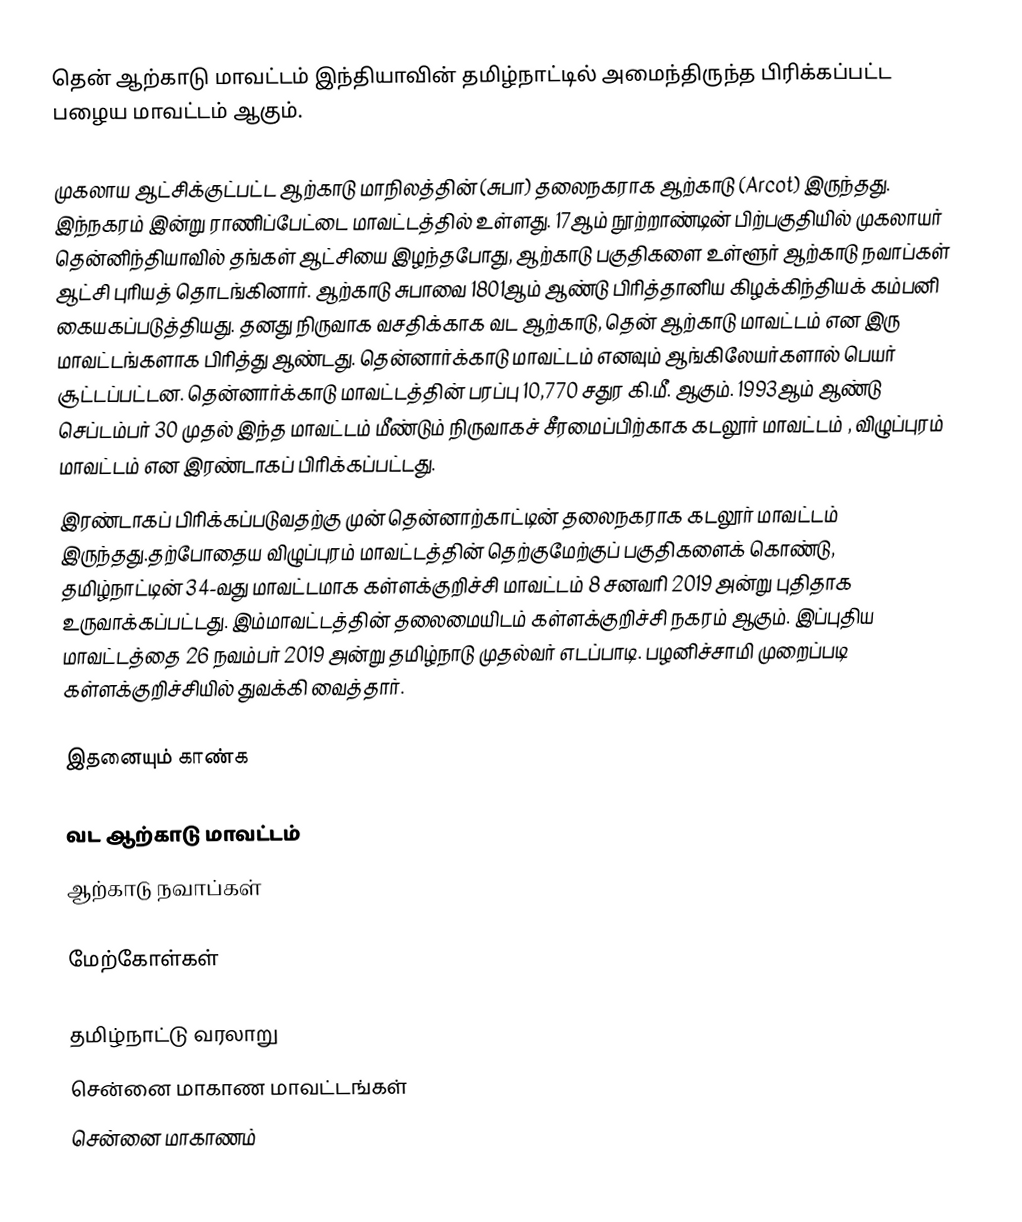
தென் ஆற்காடு மாவட்டம் இந்தியாவின் தமிழ்நாட்டில் அமைந்திருந்த பிரிக்கப்பட்ட பழைய மாவட்டம் ஆகும்.   

முகலாய ஆட்சிக்குட்பட்ட ஆற்காடு மாநிலத்தின் (சுபா) தலைநகராக ஆற்காடு (Arcot) இருந்தது. இந்நகரம் இன்று ராணிப்பேட்டை மாவட்டத்தில் உள்ளது. 17ஆம் நூற்றாண்டின் பிற்பகுதியில் முகலாயர் தென்னிந்தியாவில் தங்கள் ஆட்சியை இழந்தபோது, ஆற்காடு பகுதிகளை உள்ளூர் ஆற்காடு நவாப்கள் ஆட்சி புரியத் தொடங்கினார். ஆற்காடு சுபாவை 1801ஆம் ஆண்டு பிரித்தானிய கிழக்கிந்தியக் கம்பனி கையகப்படுத்தியது. தனது நிருவாக வசதிக்காக வட ஆற்காடு, தென் ஆற்காடு மாவட்டம் என இரு மாவட்டங்களாக பிரித்து ஆண்டது. தென்னார்க்காடு மாவட்டம் எனவும் ஆங்கிலேயர்களால் பெயர் சூட்டப்பட்டன. தென்னார்க்காடு மாவட்டத்தின் பரப்பு 10,770 சதுர கி.மீ. ஆகும். 1993ஆம் ஆண்டு செப்டம்பர் 30 முதல் இந்த மாவட்டம் மீண்டும் நிருவாகச் சீரமைப்பிற்காக கடலூர் மாவட்டம் , விழுப்புரம் மாவட்டம் என இரண்டாகப் பிரிக்கப்பட்டது.
 இரண்டாகப் பிரிக்கப்படுவதற்கு முன் தென்னாற்காட்டின் தலைநகராக கடலூர் மாவட்டம் இருந்தது.தற்போதைய விழுப்புரம் மாவட்டத்தின் தெற்குமேற்குப் பகுதிகளைக் கொண்டு, தமிழ்நாட்டின் 34-வது மாவட்டமாக கள்ளக்குறிச்சி மாவட்டம் 8 சனவரி 2019 அன்று புதிதாக உருவாக்கப்பட்டது. இம்மாவட்டத்தின் தலைமையிடம் கள்ளக்குறிச்சி நகரம் ஆகும். இப்புதிய மாவட்டத்தை 26 நவம்பர் 2019 அன்று தமிழ்நாடு முதல்வர் எடப்பாடி. பழனிச்சாமி முறைப்படி கள்ளக்குறிச்சியில் துவக்கி வைத்தார்.

இதனையும் காண்க

வட ஆற்காடு மாவட்டம்
ஆற்காடு நவாப்கள்

மேற்கோள்கள்

தமிழ்நாட்டு வரலாறு
சென்னை மாகாண மாவட்டங்கள்
சென்னை மாகாணம்